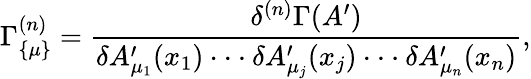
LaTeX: \Gamma_{\{ \mu\} }^{(n)}={\frac{\delta^{(n)}\Gamma(A^{\prime})}{\delta A_{\mu_{1}}^{\prime}(x_{1})\cdot\cdot\cdot\delta A_{\mu_{j}}^{\prime}(x_{j})\cdot\cdot\cdot\delta A_{\mu_{n}}^{\prime}(x_{n})}},